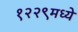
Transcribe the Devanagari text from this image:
१२२९मध्ये